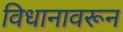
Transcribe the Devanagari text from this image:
विधानावरून